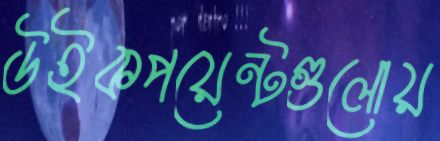
উইকপয়েন্টগুলোয়